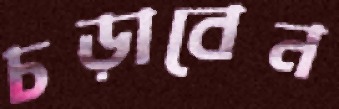
চড়াবেন